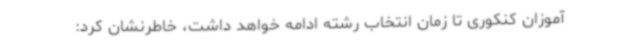
‌آموزان کنکوری تا زمان انتخاب رشته ادامه خواهد داشت، خاطرنشان کرد: